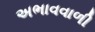
અભાવવાળી